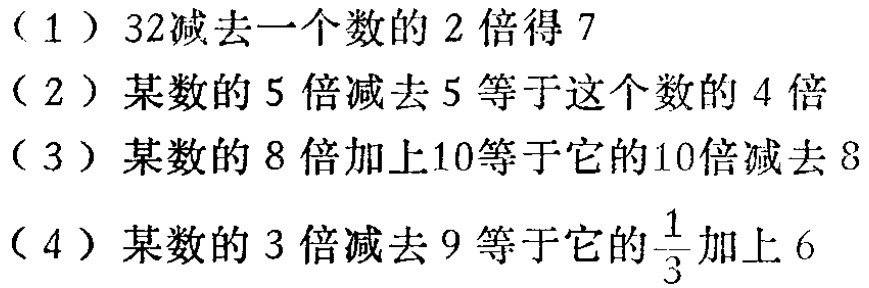
（1）$32 - 2x = 7$

（2）$5x - 5 = 4x$

（3）$8x + 10 = 10x - 8$

（4）$3x - 9 = \frac{1}{3}x + 6$